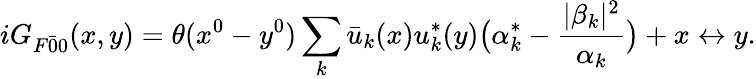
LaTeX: iG_{F\bar{0}{0}}(x,y)=\theta(x^{0}-y^{0})\sum_{k}\bar{u}_{k}(x)u_{k}^{*}(y)\bigl(\alpha_{k}^{*}-\frac{|\beta_{k}|^{2}}{\alpha_{k}}\bigr)+x\leftrightarrow y.